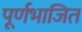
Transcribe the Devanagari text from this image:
पूर्णभाजित